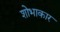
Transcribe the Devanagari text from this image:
शोभाकार